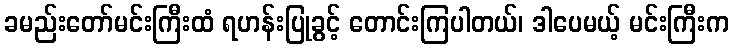
ခမည်းတော်မင်းကြီးထံ ရဟန်းပြုခွင့် တောင်းကြပါတယ်၊ ဒါပေမယ့် မင်းကြီးက